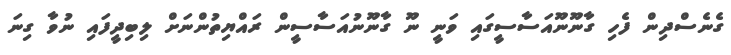
ގެނެސްދިން ފެހި ގާނޫނޫއަސާސީގައި ވަނީ ނޫ ގާނޫނުއަސާސީން ރައްޔިތުންނަށް ލިބިދީފައި ނުވާ ގިނަ